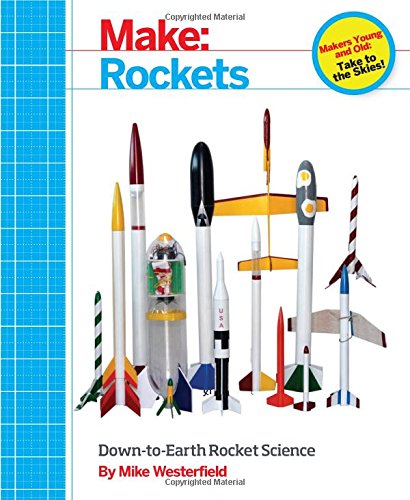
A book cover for Make: Rockets: Down-to-Earth Rocket Science; Mike Westerfield; Engineering & Transportation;